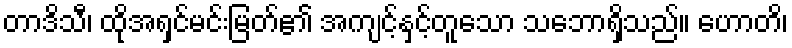
တာဒိသီ၊ ထိုအရှင်မင်းမြတ်၏ အကျင့်နှင့်တူသော သဘောရှိသည်။ ဟောတိ၊